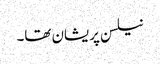
نیلسن پریشان تھا۔